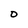
Character: D